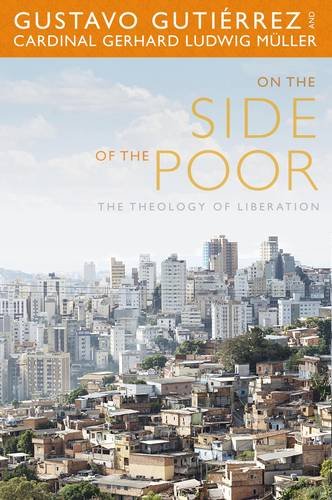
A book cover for On the Side of the Poor: The Theology of Liberation; Gustavo Gutierrez; Christian Books & Bibles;